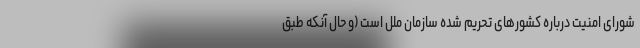
شورای امنیت درباره کشورهای تحریم شده سازمان ملل است (و حال آنکه طبق